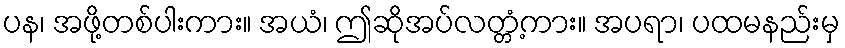
ပန၊ အဖို့တစ်ပါးကား။ အယံ၊ ဤဆိုအပ်လတ္တံ့ကား။ အပရာ၊ ပထမနည်းမှ